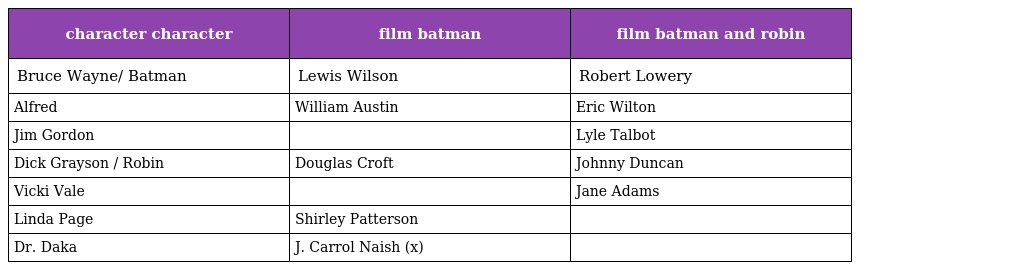
| character character | film batman | film batman and robin |
 | --- | --- | --- |
 | Bruce Wayne/ Batman | Lewis Wilson | Robert Lowery |
 | Alfred | William Austin | Eric Wilton |
 | Jim Gordon |  | Lyle Talbot |
 | Dick Grayson / Robin | Douglas Croft | Johnny Duncan |
 | Vicki Vale |  | Jane Adams |
 | Linda Page | Shirley Patterson |  |
 | Dr. Daka | J. Carrol Naish (x) |  |